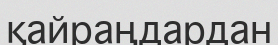
қайраңдардан